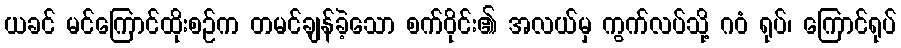
ယခင် မင်ကြောင်ထိုးစဉ်က တမင်ချန်ခဲ့သော စက်ဝိုင်း၏ အလယ်မှ ကွက်လပ်သို့ ဂဝံ ရုပ်၊ ကြောင်ရုပ်